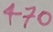
Text: 470